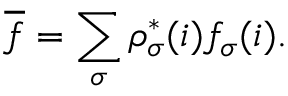
\overline { f } = \sum _ { \sigma } \rho _ { \sigma } ^ { * } ( i ) f _ { \sigma } ( i ) .